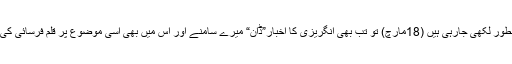
جب یہ سطور لکھی جارہی ہیں (18مارچ) تو تب بھی انگریزی کا اخبار”ڈان“ میرے سامنے اور اس میں بھی اسی موضوع پر قلم فرسائی کی گئی ہے۔